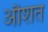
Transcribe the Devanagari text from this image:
औशत